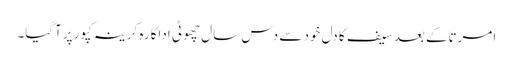
امرتاکے بعد سیف کا دل خود سے دس سال چھوٹی اداکارہ کرینہ کپور پرآگیا۔